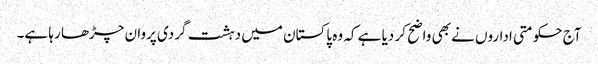
آج حکومتی اداروں نے بھی واضح کر دیا ہے کہ وہ پاکستان میں دہشت گردی پروان چڑھا رہا ہے۔